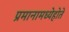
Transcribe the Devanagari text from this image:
प्रमानामध्येहोते